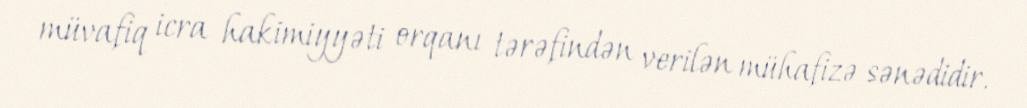
müvafiq icra hakimiyyəti orqanı tərəfindən verilən mühafizə sənədidir.